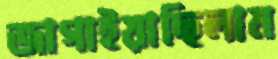
জাগাইয়াছিলাম